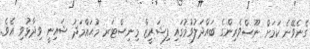
ގެނެވޭނެ ކަމަށް ނޫސްވެރިންގެ ބައްދަލުވުމުގައި ފިޝަރީޒް މިނިސްޓަރ މުޙައްމަދު ޝައިނީ ވިދާޅުވި އެވެ.